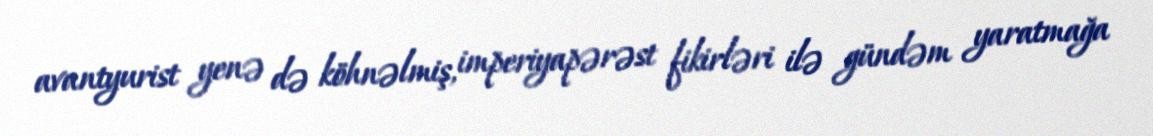
avantyurist yenə də köhnəlmiş, imperiyapərəst fikirləri ilə gündəm yaratmağa